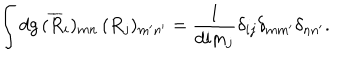
\int d g \, ( \overline { { { R } } } _ { i } ) _ { m n } \, ( R _ { j } ) _ { m ^ { \prime } n ^ { \prime } } = { \frac { 1 } { \mathrm { d i m } _ { j } } } \delta _ { i j } \delta _ { m m ^ { \prime } } \delta _ { n n ^ { \prime } } .